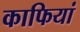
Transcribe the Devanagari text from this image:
काफियां